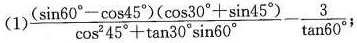
(1) $$\frac { ( \sin 60 ° - \cos 4 5 ° ) ( \cos 3 0 ° + \sin 4 5 ° ) } { \cos ^ { 2 } 4 5 ° + \tan 3 0 ° \sin 6 0 ° } - \frac { 3 } { \tan 6 0 ° }$$ ；